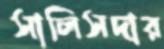
সালিসদার